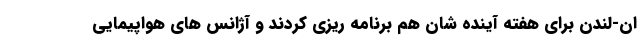
ان-لندن برای هفته آینده شان هم برنامه ریزی کردند و آژانس های هواپیمایی